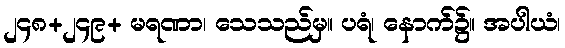
၂၄၈+၂၄၉+ မရဏာ၊ သေသည်မှ။ ပရံ၊ နောက်၌။ အပါယံ၊